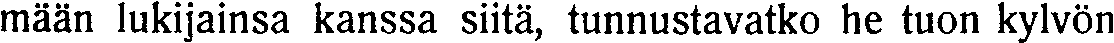
mään lukijainsa kanssa siitä, tunnustavatko he tuon kylvön